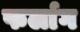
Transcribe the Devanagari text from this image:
फर्लाग